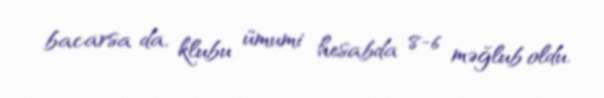
bacarsa da, klubu ümumi hesabda 8-6 məğlub oldu.